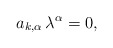
\begin{align*}a_{k, \alpha}\, \lambda^{\alpha}=0, \end{align*}